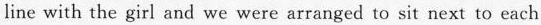
line with the girl and we were arranged to sit next to each